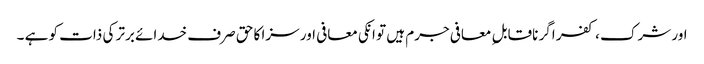
اور شرک ، کفر اگر ناقابل ِ معافی جرم ہیں تو انکی معافی اور سزا کا حق صرف خدائے برتر کی ذات کو ہے ۔